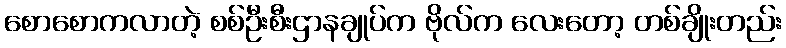
စောစောကလာတဲ့ စစ်ဦးစီးဌာနချုပ်က ဗိုလ်က လေးတော့ တစ်ချိုးတည်း